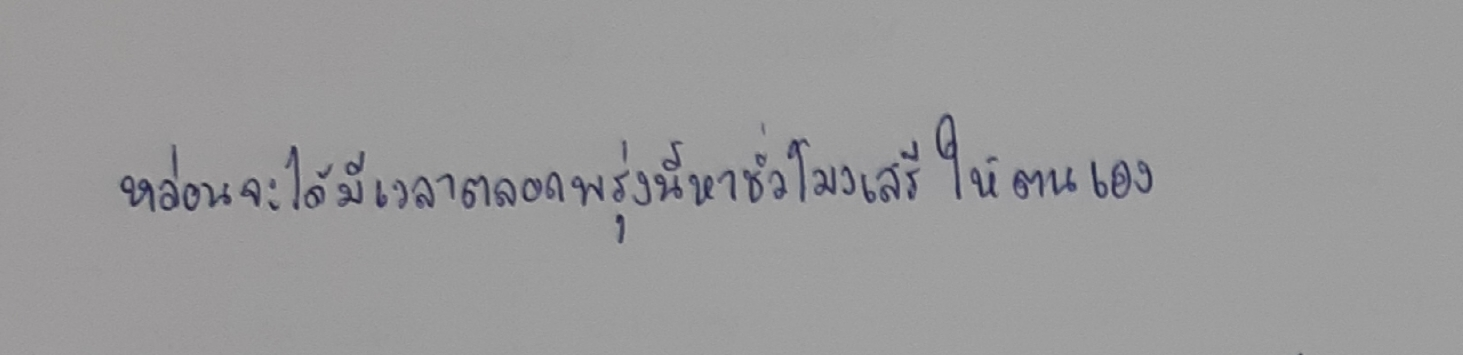
หล่อนจะได้มีเวลาตลอดพรุ่งนี้หาชั่วโมงเสรีให้ตนเอง